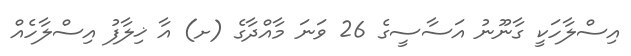
އިސްލާހަކީ ގާނޫނު އަސާސީގެ 26 ވަނަ މާއްދާގެ (ށ) އާ ޚިލާފު އިސްލާހެއް